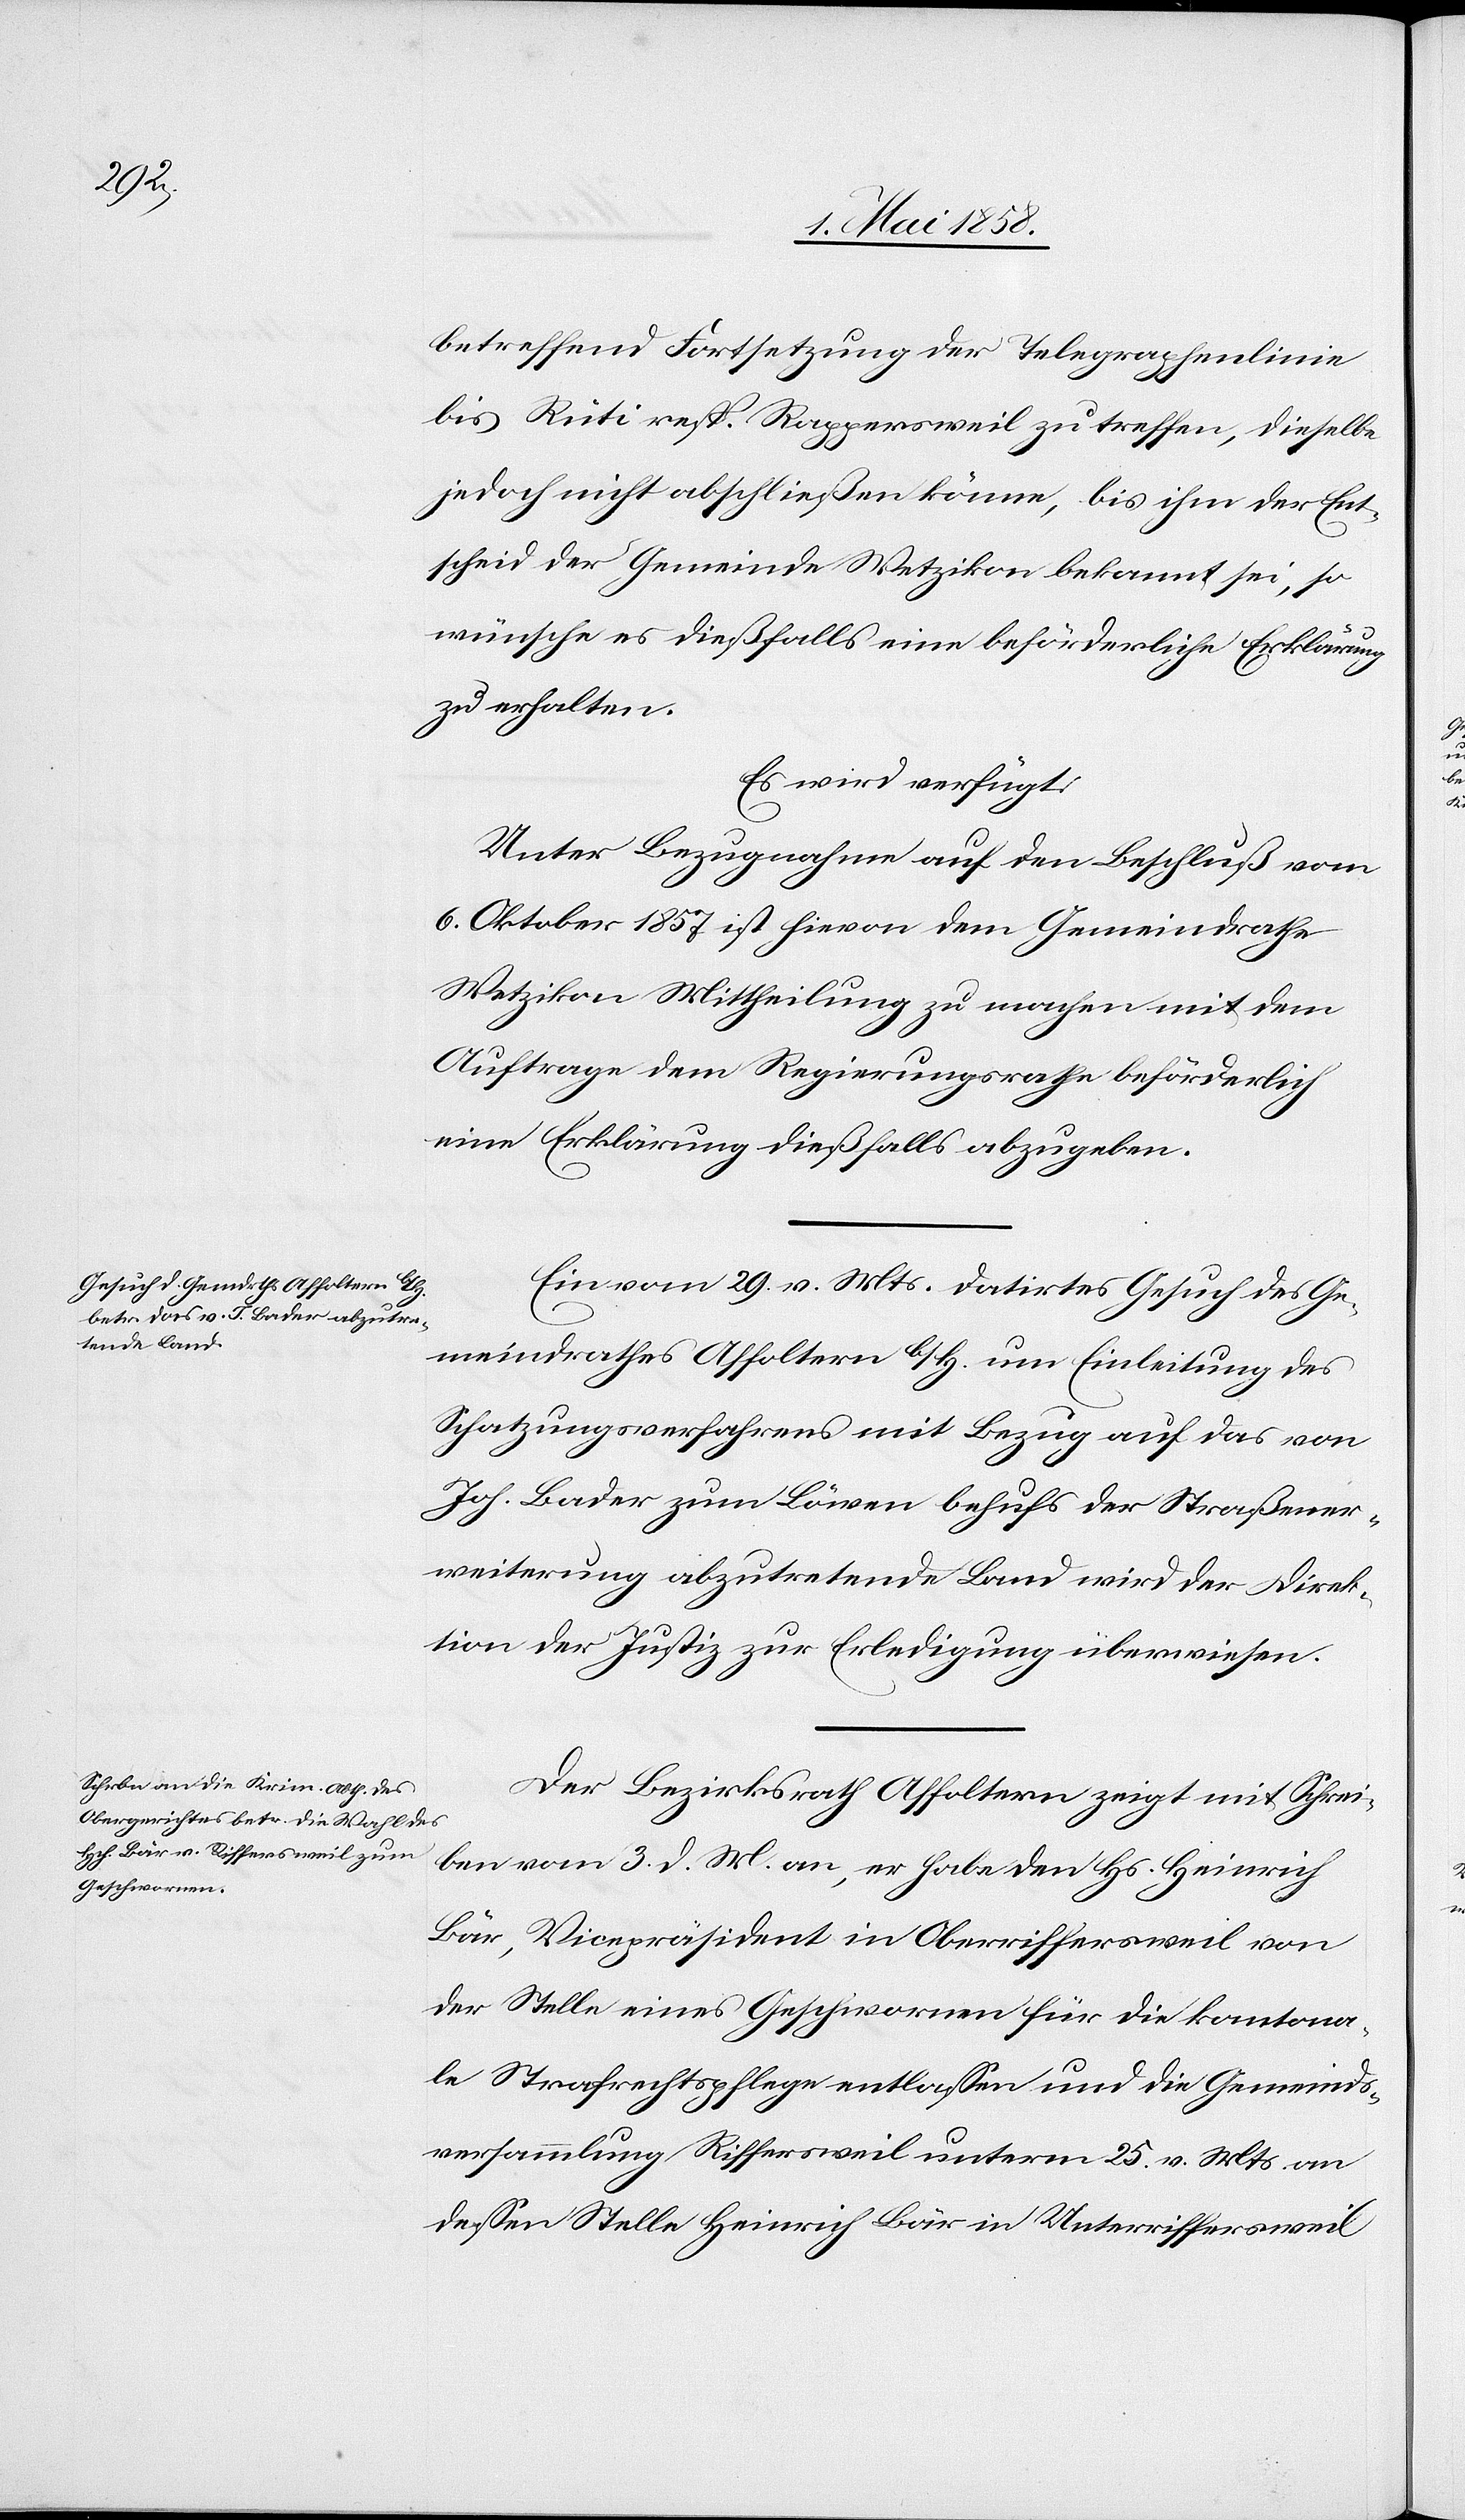
den

3. Mai 1858.]
betreffend Fortsetzung der Telegraphenlinie
bis Rüti resp. Rappersweil zu treffen, dieselbe
jedoch nicht abschließen könne, bis ihm der Ent¬
scheid der Gemeinde Wetzikon bekannt sei, so
wünsche es dießfalls eine beförderliche Erklärung
zu erhalten.
Es wird verfügt:
Unter Bezugnahme auf den Beschluß vom
6. Oktober ist hievon dem Gemeindrathe
Wetzikon Mittheilung zu machen mit dem
Auftrage dem Regierungsrathe beförderlich
eine Erklärung dießfalls abzugeben.
Ein vom 29. v. Mts. datirtes Gesuch des Ge¬
meindrathes Affoltern b/H. um Einleitung des
Schatzungsverfahrens mit Bezug auf das von
Joh. Bader zum Löwen behufs der Straßener¬
weiterung abzutretende Land wird der Direk¬
tion der Justiz zur Erledigung überwiesen.
Der Bezirksrath Affoltern zeigt mit Schrei¬
ben vom 3. d. Mt. an, er habe den Hs. Heinrich
Bär, Vicepräsident in Oberriffersweil von
der Stelle eines Geschwornen für die kantona¬
le Strafrechtspflege entlassen und die Gemeinds¬
versammlung Riffersweil unterm 25. v. Mts. an
dessen Stelle Heinrich Bär in Unterriffersweil